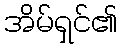
အိမ်ရှင်၏